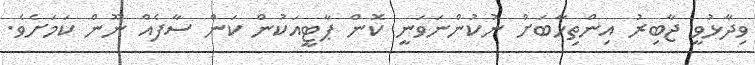
ވިދާޅުވީ ޖާބިރު އިންތިހާބަށް ނުކުންނަވަނީ ކޮން ޕާޓީއަކުން ކަން ސާފެއް ނޫން ކަމަށެވެ.